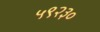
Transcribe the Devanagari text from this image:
५९२३०